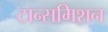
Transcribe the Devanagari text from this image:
टान्समिशन